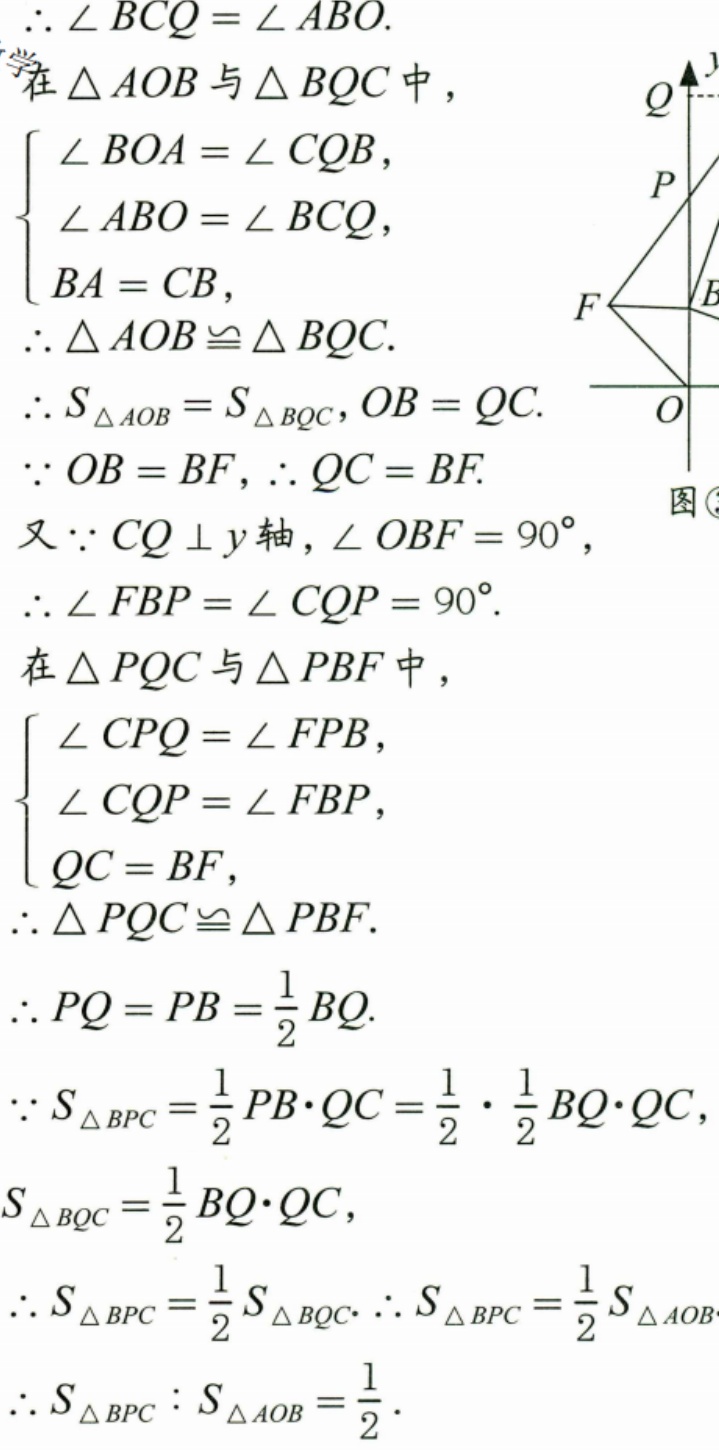
$\therefore\angle BCQ=\angle ABO.$
在$\triangle AOB$与$\triangle BQC$中，
$\begin{cases}
\angle BOA = \angle CQB,\\
\angle ABO=\angle BCQ,\\
BA = CB,
\end{cases}$
$\therefore\triangle AOB\cong\triangle BQC.$
$\therefore S_{\triangle AOB}=S_{\triangle BQC},OB = QC.$
$\because OB = BF,\therefore QC = BF.$
又$\because CQ\perp y\text{轴},\angle OBF = 90^{\circ},$
$\therefore\angle FBP=\angle CQP = 90^{\circ}.$
在$\triangle PQC$与$\triangle PBF$中，
$\begin{cases}
\angle CPQ=\angle FPB,\\
\angle CQP=\angle FBP,\\
QC = BF,
\end{cases}$
$\therefore\triangle PQC\cong\triangle PBF.$
$\therefore PQ = PB=\frac{1}{2}BQ.$
$\because S_{\triangle BPC}=\frac{1}{2}PB\cdot QC=\frac{1}{2}\cdot\frac{1}{2}BQ\cdot QC,$
$S_{\triangle BQC}=\frac{1}{2}BQ\cdot QC,$
$\therefore S_{\triangle BPC}=\frac{1}{2}S_{\triangle BQC}.\therefore S_{\triangle BPC}=\frac{1}{2}S_{\triangle AOB}.$
$\therefore S_{\triangle BPC}:S_{\triangle AOB}=\frac{1}{2}.$